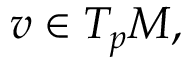
v \in T _ { p } M ,